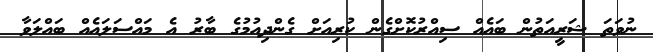
ނުވަތަ ޝަރީއަތުން ބައެއް ސިއްރުކޮށްގެން ކުރިއަށް ގެންދިއުމުގެ ބާރު އެ މައްސަލައެއް ބައްލަވާ